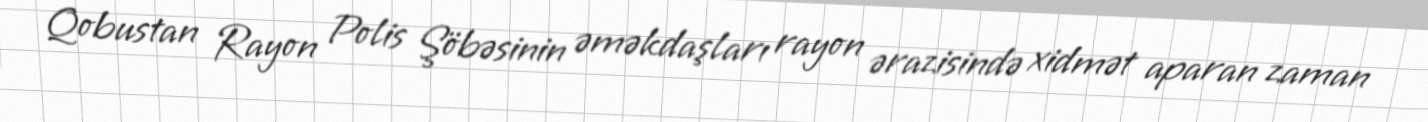
Qobustan Rayon Polis Şöbəsinin əməkdaşları rayon ərazisində xidmət aparan zaman